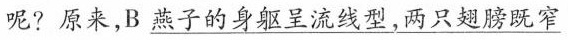
呢?原来，B\underline{燕子的身躯呈流线型，两只翅膀既窄